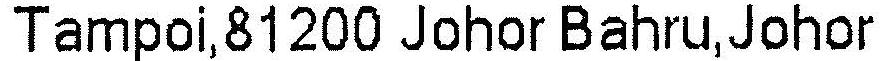
TAMPOI,81200 JOHOR BAHRU,JOHOR